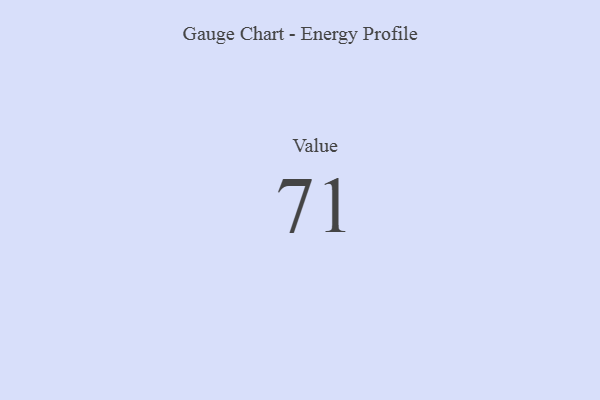
{"axis": {"x": "Metric", "y": "Value"}, "legend": [""], "data": [{"x": "Value", "y": 71, "type": ""}]}